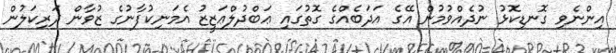
އިންނެވި ގޮނޑިކޮޅު ނުދެއްވުމުން އޭގެ އަދަބެއްގެ ގޮތުގައި ޢަބްދުލްޢަޒީޒު އެމަނިކުފާނުގެ ޒުވާން ދަރިކަލުން